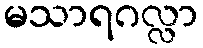
မသာရဂလ္လာ